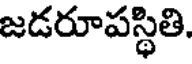
జడరూపస్థితి.